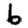
Digit: 6